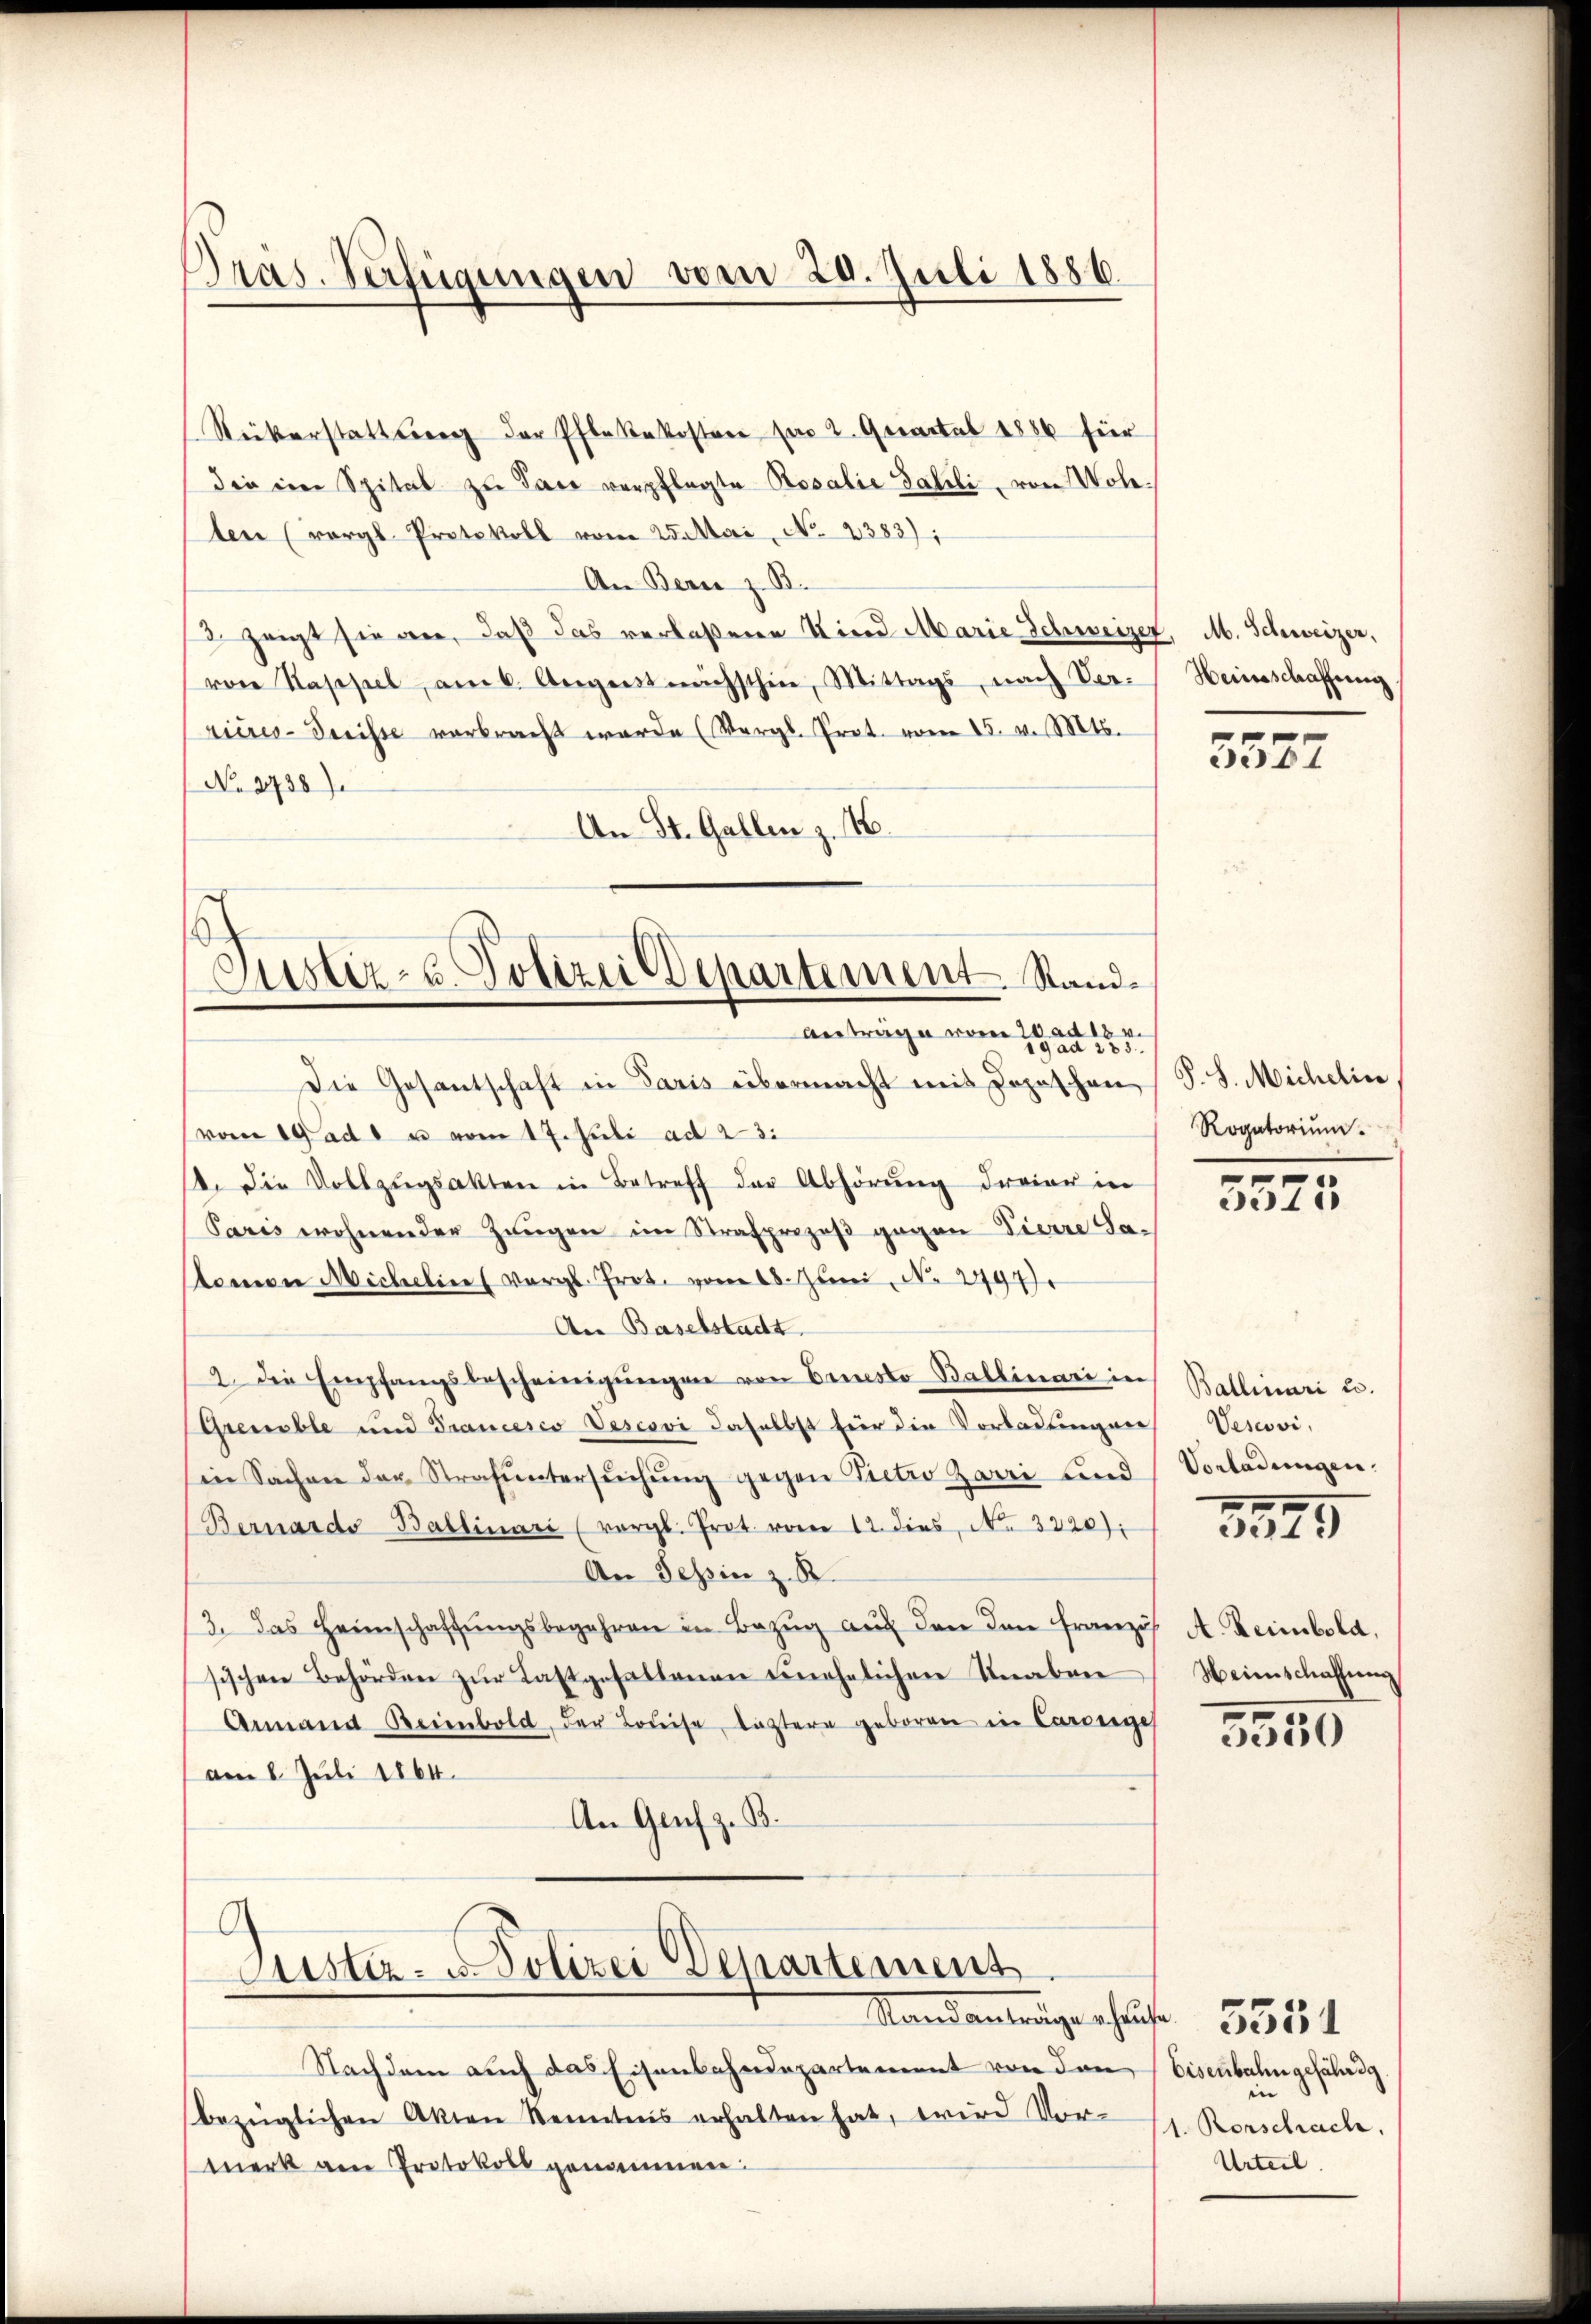
Präs. Verfügungen vom 20. Juli 1886.

.
Justiz- u. Polizei Departement. Stand¬
Antrage vom 20 ad 18 v.

Rükerstattung der Pflakekosten son 2. Quartal 1886 für
die im Spital zu Pare verpflegte Rosalie Jahrli, von Wolten (vergl. Protokoll vom 25. Mai, No 2383);
An Bern z. B.
3. zeigt sie an, daß das verlaßene Kind Marie Schweizer, M. Schweizer,
von Kappel, am 6. August nächsthin, Mittags, nach Ver-
ricres-drisse verbracht werde (Vergl. Prot. vom 15. v. Mts.
No. 2738).
An St. Gallen z. B.
g ad 185
Die Gesantschaft in Paris übermacht mit Jopischen
(vom 19tadt u vom 17. Juli ad 23.
14. Die Vollzŭgsakten in Betreff der Abhörung dreier in
Paris wohnender Zeugen im Strafprozeß gegen Pierre Salamon Michelin (vergl. Prot. vom 18. Juni, No. 2494
An Baselstadt
2. Die Empfangsbescheinigŭngen von Ernesto- Ballinari in
Grenable und Francesco Vescovi daselbst für die Vorladungen,
in Sachen der Strafuntersŭchŭng gegen Victio Zoeri und
Bernardo Ballinari (vergl. Prot. vom 12. dies, No. 3220).
An Tessin z. B.
/3. das Heimschaftŭngsbegehren in Bezŭg aŭf den den Französ
sischen Behörden zŭr Last gefallenen unehelichen Knaben
Armand Beienbold, der Louise leztere geboren in Cardege
am 8. Juli 1864.
An Genf z. B.
9
Lister- u. Polizei Departement
Stand anträge auf 5544
Nachdem auch das Eisenbahndepartement von den Eisenbahn gefährd
bezüglichen Akten Kenntnis erhalten hat, wird Vor-
Merk am Protokoll genommen.

Heinschaffung

5587

P.S. Michelic
Rogatorium.

e
31

Ballinari u.
Vescovi,
Vorladungen.

3525

A. Heimbola,
Weinschaffung

3550

in
1. Rorschach.
Urteil